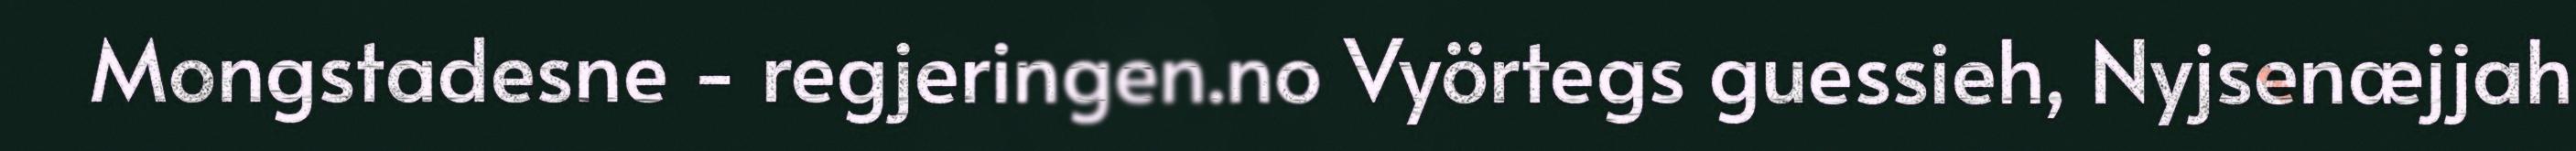
Mongstadesne - regjeringen.no Vyörtegs guessieh, Nyjsenæjjah